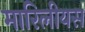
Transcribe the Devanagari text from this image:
मारिलीयस